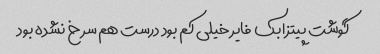
گوشت پیتزا بک فایر خیلی کم بود درست هم سرخ نشده بود